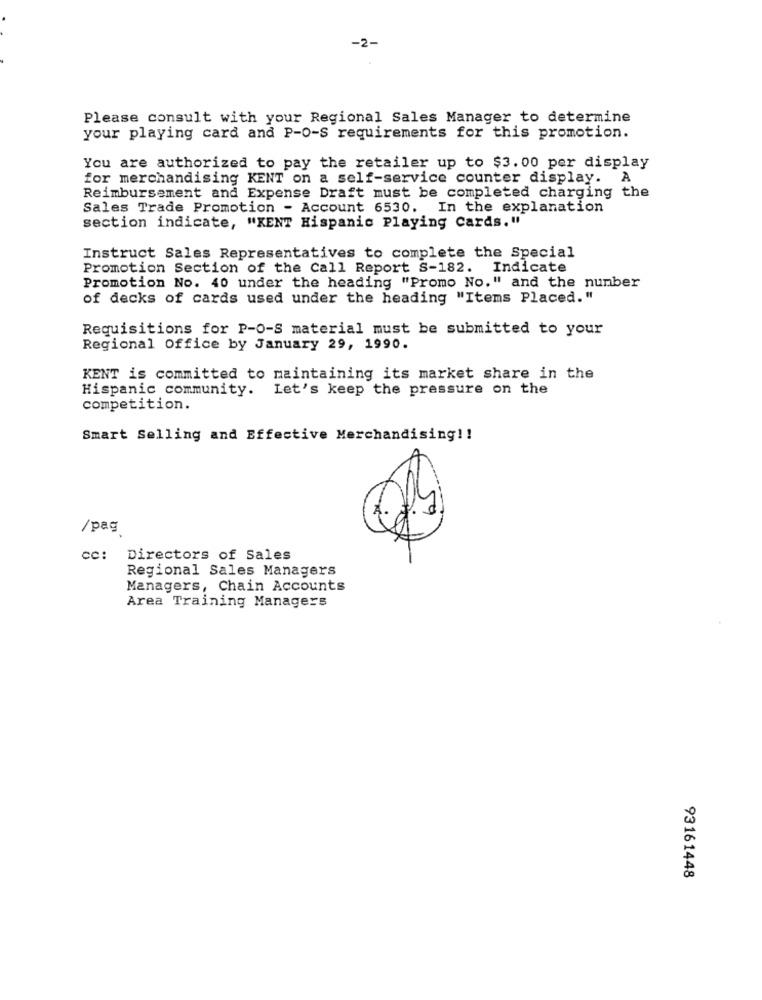
-2-
Please consult with your Regional Sales Manager to determine
your playing card and P-0-S requirements for this promotion.
You are authorized to pay the retailer up to $3.00 per display
for merchandising KENT on a self-service counter display. A
Reimbursement and Expense Draft must be completed charging the
Sales Trade Promotion - Account 6530. In the explanation
section indicate, "KENT Hispanic Playing Cards."
Instruct Sales Representatives to complete the Special
Promotion Section of the Call Report S-182. Indicate
Promotion No. 40 under the heading "Promo No." and the number
of decks of cards used under the heading "Items Placed. "
Requisitions for P-O-S material must be submitted to your
Regional Office by January 29, 1990.
KENT is committed to maintaining its market share in the
Hispanic community. Let's keep the pressure on the
competition.
Smart Selling and Effective Merchandising !!
/pag
cc: Directors of Sales
Regional Sales Managers
Managers, Chain Accounts
Area Training Managers
93161448